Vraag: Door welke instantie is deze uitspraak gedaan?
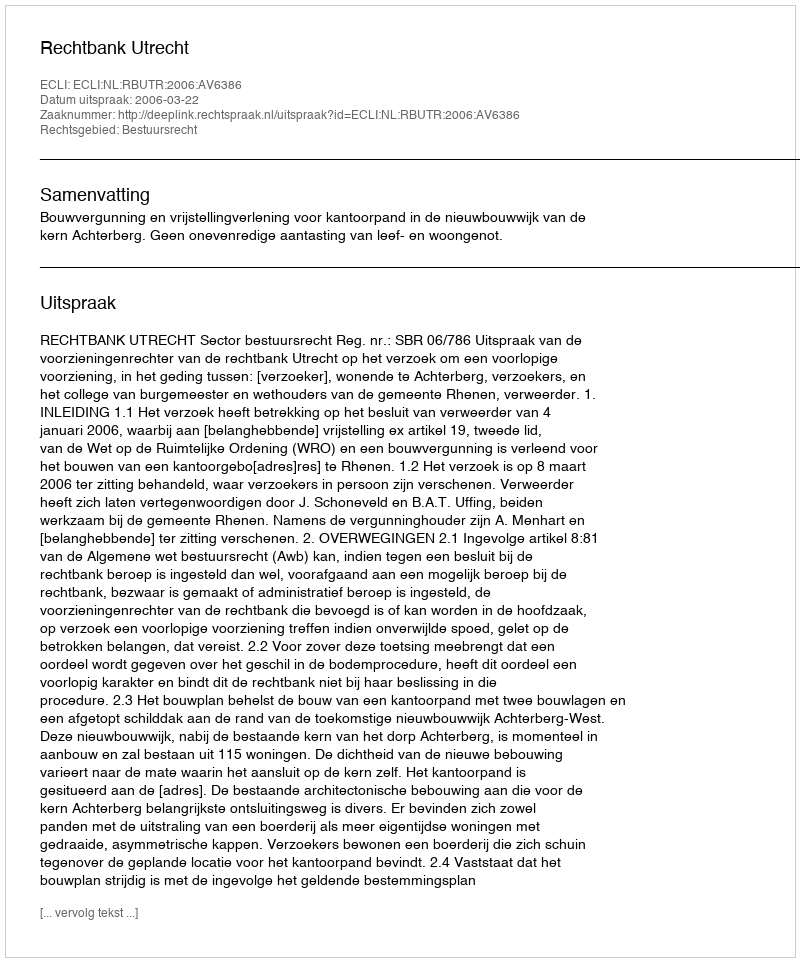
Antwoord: Rechtbank Utrecht